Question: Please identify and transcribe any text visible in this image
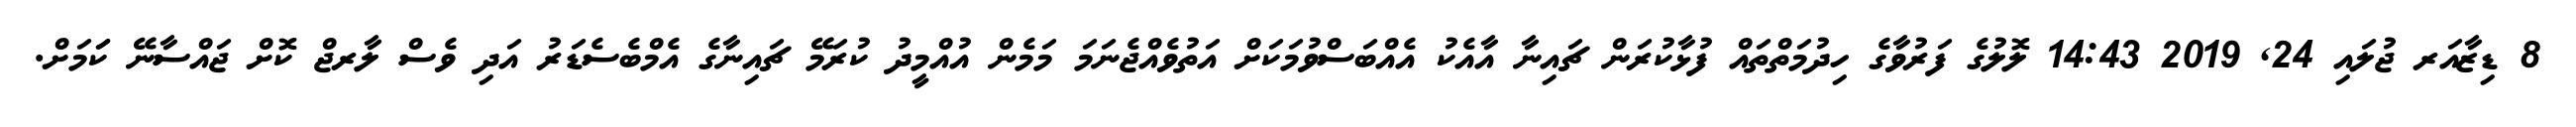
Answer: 8 ޑިޒާއަރ ޖުލައި 24, 2019 14:43 ލޮލުގެ ފަރުވާގެ ހިދުމަތްތައް ފުޅާކުރަން ޗައިނާ އާއެކު އެއްބަސްވުމަކަށް އަތުވެއްޖެނަމަ މަމެން އުއްމީދު ކުރަމޭ ޗައިނާގެ އެމްބެސެޑަރު އަދި ވެސް ލާރޖް ކޮށް ޖައްސާނޭ ކަަމަށް.